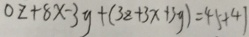
o z + 8 x - 3 y + ( 3 z + 3 x + 3 y ) = 4 5 + 4 1